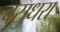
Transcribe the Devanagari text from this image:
वसुधरा